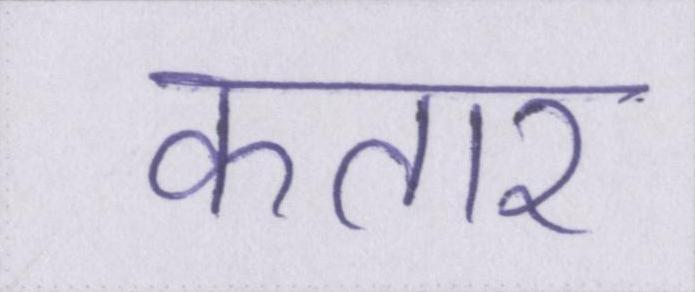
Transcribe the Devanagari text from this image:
कतार